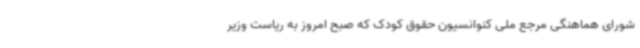
شورای هماهنگی مرجع ملی کنوانسیون حقوق کودک که صبح امروز به ریاست وزیر